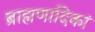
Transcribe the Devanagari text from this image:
ब्राह्मणादिकां